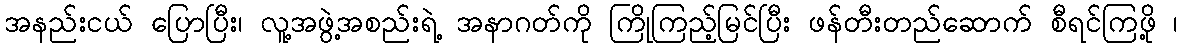
အနည်းငယ် ပြောပြီး၊ လူ့အဖွဲ့အစည်းရဲ့ အနာဂတ်ကို ကြိုကြည့်မြင်ပြီး ဖန်တီးတည်ဆောက် စီရင်ကြဖို့ ၊